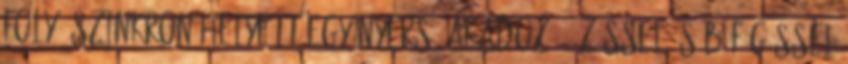
folyó szinkron helyett egy nyers, akadozó, őzéssel és böfögéssel